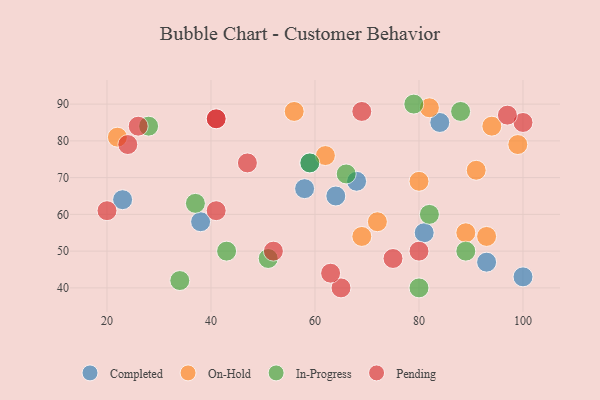
{"axis": {"x": "GDP", "y": "Life Expectancy"}, "legend": ["Completed", "In-Progress", "On-Hold", "Pending"], "data": [{"x": "58", "y": 67, "type": "Completed"}, {"x": "93", "y": 47, "type": "Completed"}, {"x": "84", "y": 85, "type": "Completed"}, {"x": "81", "y": 55, "type": "Completed"}, {"x": "68", "y": 69, "type": "Completed"}, {"x": "38", "y": 58, "type": "Completed"}, {"x": "23", "y": 64, "type": "Completed"}, {"x": "100", "y": 43, "type": "Completed"}, {"x": "59", "y": 74, "type": "Completed"}, {"x": "64", "y": 65, "type": "Completed"}, {"x": "69", "y": 54, "type": "On-Hold"}, {"x": "56", "y": 88, "type": "On-Hold"}, {"x": "22", "y": 81, "type": "On-Hold"}, {"x": "82", "y": 89, "type": "On-Hold"}, {"x": "93", "y": 54, "type": "On-Hold"}, {"x": "72", "y": 58, "type": "On-Hold"}, {"x": "80", "y": 69, "type": "On-Hold"}, {"x": "89", "y": 55, "type": "On-Hold"}, {"x": "62", "y": 76, "type": "On-Hold"}, {"x": "94", "y": 84, "type": "On-Hold"}, {"x": "99", "y": 79, "type": "On-Hold"}, {"x": "91", "y": 72, "type": "On-Hold"}, {"x": "37", "y": 63, "type": "In-Progress"}, {"x": "43", "y": 50, "type": "In-Progress"}, {"x": "80", "y": 40, "type": "In-Progress"}, {"x": "79", "y": 90, "type": "In-Progress"}, {"x": "34", "y": 42, "type": "In-Progress"}, {"x": "88", "y": 88, "type": "In-Progress"}, {"x": "51", "y": 48, "type": "In-Progress"}, {"x": "89", "y": 50, "type": "In-Progress"}, {"x": "28", "y": 84, "type": "In-Progress"}, {"x": "82", "y": 60, "type": "In-Progress"}, {"x": "59", "y": 74, "type": "In-Progress"}, {"x": "66", "y": 71, "type": "In-Progress"}, {"x": "65", "y": 40, "type": "Pending"}, {"x": "80", "y": 50, "type": "Pending"}, {"x": "24", "y": 79, "type": "Pending"}, {"x": "52", "y": 50, "type": "Pending"}, {"x": "41", "y": 86, "type": "Pending"}, {"x": "100", "y": 85, "type": "Pending"}, {"x": "26", "y": 84, "type": "Pending"}, {"x": "97", "y": 87, "type": "Pending"}, {"x": "63", "y": 44, "type": "Pending"}, {"x": "69", "y": 88, "type": "Pending"}, {"x": "41", "y": 61, "type": "Pending"}, {"x": "20", "y": 61, "type": "Pending"}, {"x": "47", "y": 74, "type": "Pending"}, {"x": "41", "y": 86, "type": "Pending"}, {"x": "75", "y": 48, "type": "Pending"}]}